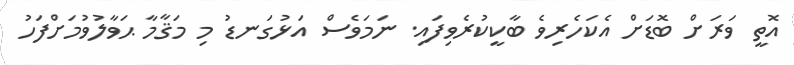
އޮތީ ވަރަށް ބޮޑަށް އެކަހެރިވެ ބާކީކުރެވިފައި. ނަމަވެސް އަޅުގަނޑު މި މަޤާމާ ޙަވާލުވުމަށްފަހު